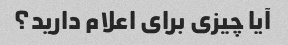
آیا چیزی برای اعلام دارید؟